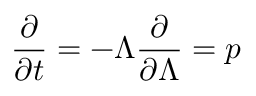
\frac { \partial } { \partial t } = - \Lambda \frac { \partial } { \partial \Lambda } = p